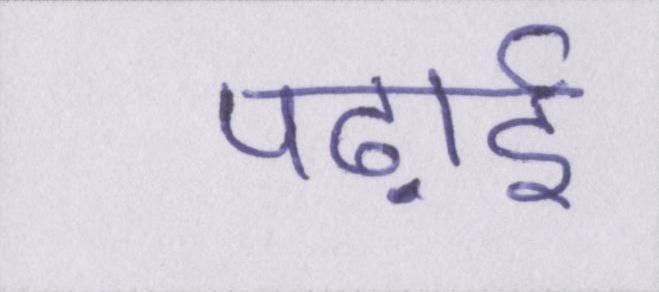
पढ़ाई